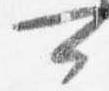
可